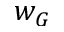
w _ { G }